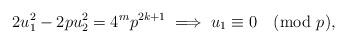
LaTeX: \begin{align*} 2u_{1}^{2} - 2pu_{2}^{2} = 4^{m}p^{2k+1} \implies u_{1} \equiv 0 \pmod p,\end{align*}